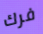
فرك